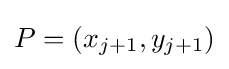
P=(x_{j+1},y_{j+1})